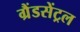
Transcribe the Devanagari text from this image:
ग्रैंडसेंट्रल